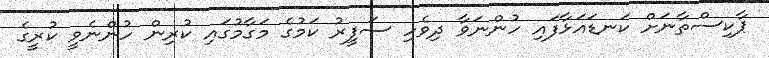
ޕާކިސްތާނަށް ކަނޑައަޅާފައި ހުންނަވާ ދިވެހި ސަފީރު ކަމުގެ މަގާމުގައި ކުރިން ހުންނެވީ ކުރީގެ